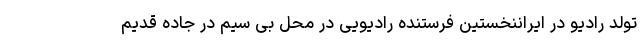
تولد رادیو در ایراننخستین فرستنده رادیویی در محل بی سیم در جاده قدیم